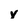
Character: y